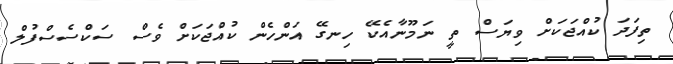
ތިފަދަ ކުއްޖަކަށް ވިޔަސް ތީ ނަމޫނާއެކޭ ހިނގޭ އަންހެން ކުއްޖަކަށް ވެސް ސަކްސެސްފުލް